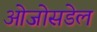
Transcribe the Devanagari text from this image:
ओजोसडेल